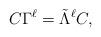
LaTeX: \begin{align*} C \Gamma^{\ell}= \tilde\Lambda^{\ell} C,\end{align*}